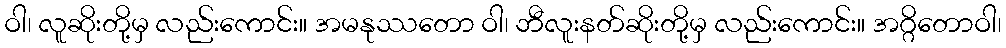
ဝါ၊ လူဆိုးတို့မှ လည်းကောင်း။ အမနုဿတော ဝါ၊ ဘီလူးနတ်ဆိုးတို့မှ လည်းကောင်း။ အဂ္ဂိတောဝါ၊